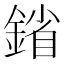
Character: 𨩠